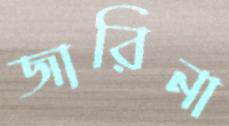
জারিনা